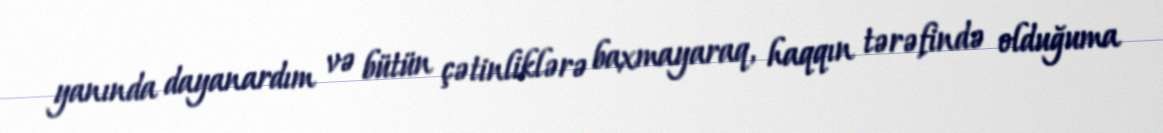
yanında dayanardım və bütün çətinliklərə baxmayaraq, haqqın tərəfində olduğuma